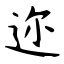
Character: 迩